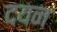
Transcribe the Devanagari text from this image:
दयन